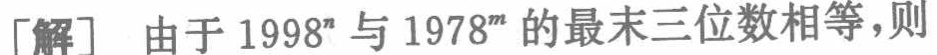
[解] 由于 \(1998^{n}\) 与 \(1978^{n}\) 的最末三位数相等，则